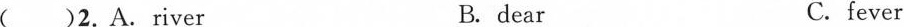
( )2.A.river B. dear C. fever